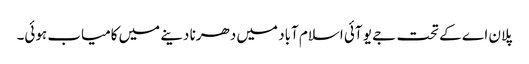
پلان اے کے تحت جے یو آئی اسلام آباد میں دھرنا دینے میں کامیاب ہوئی۔